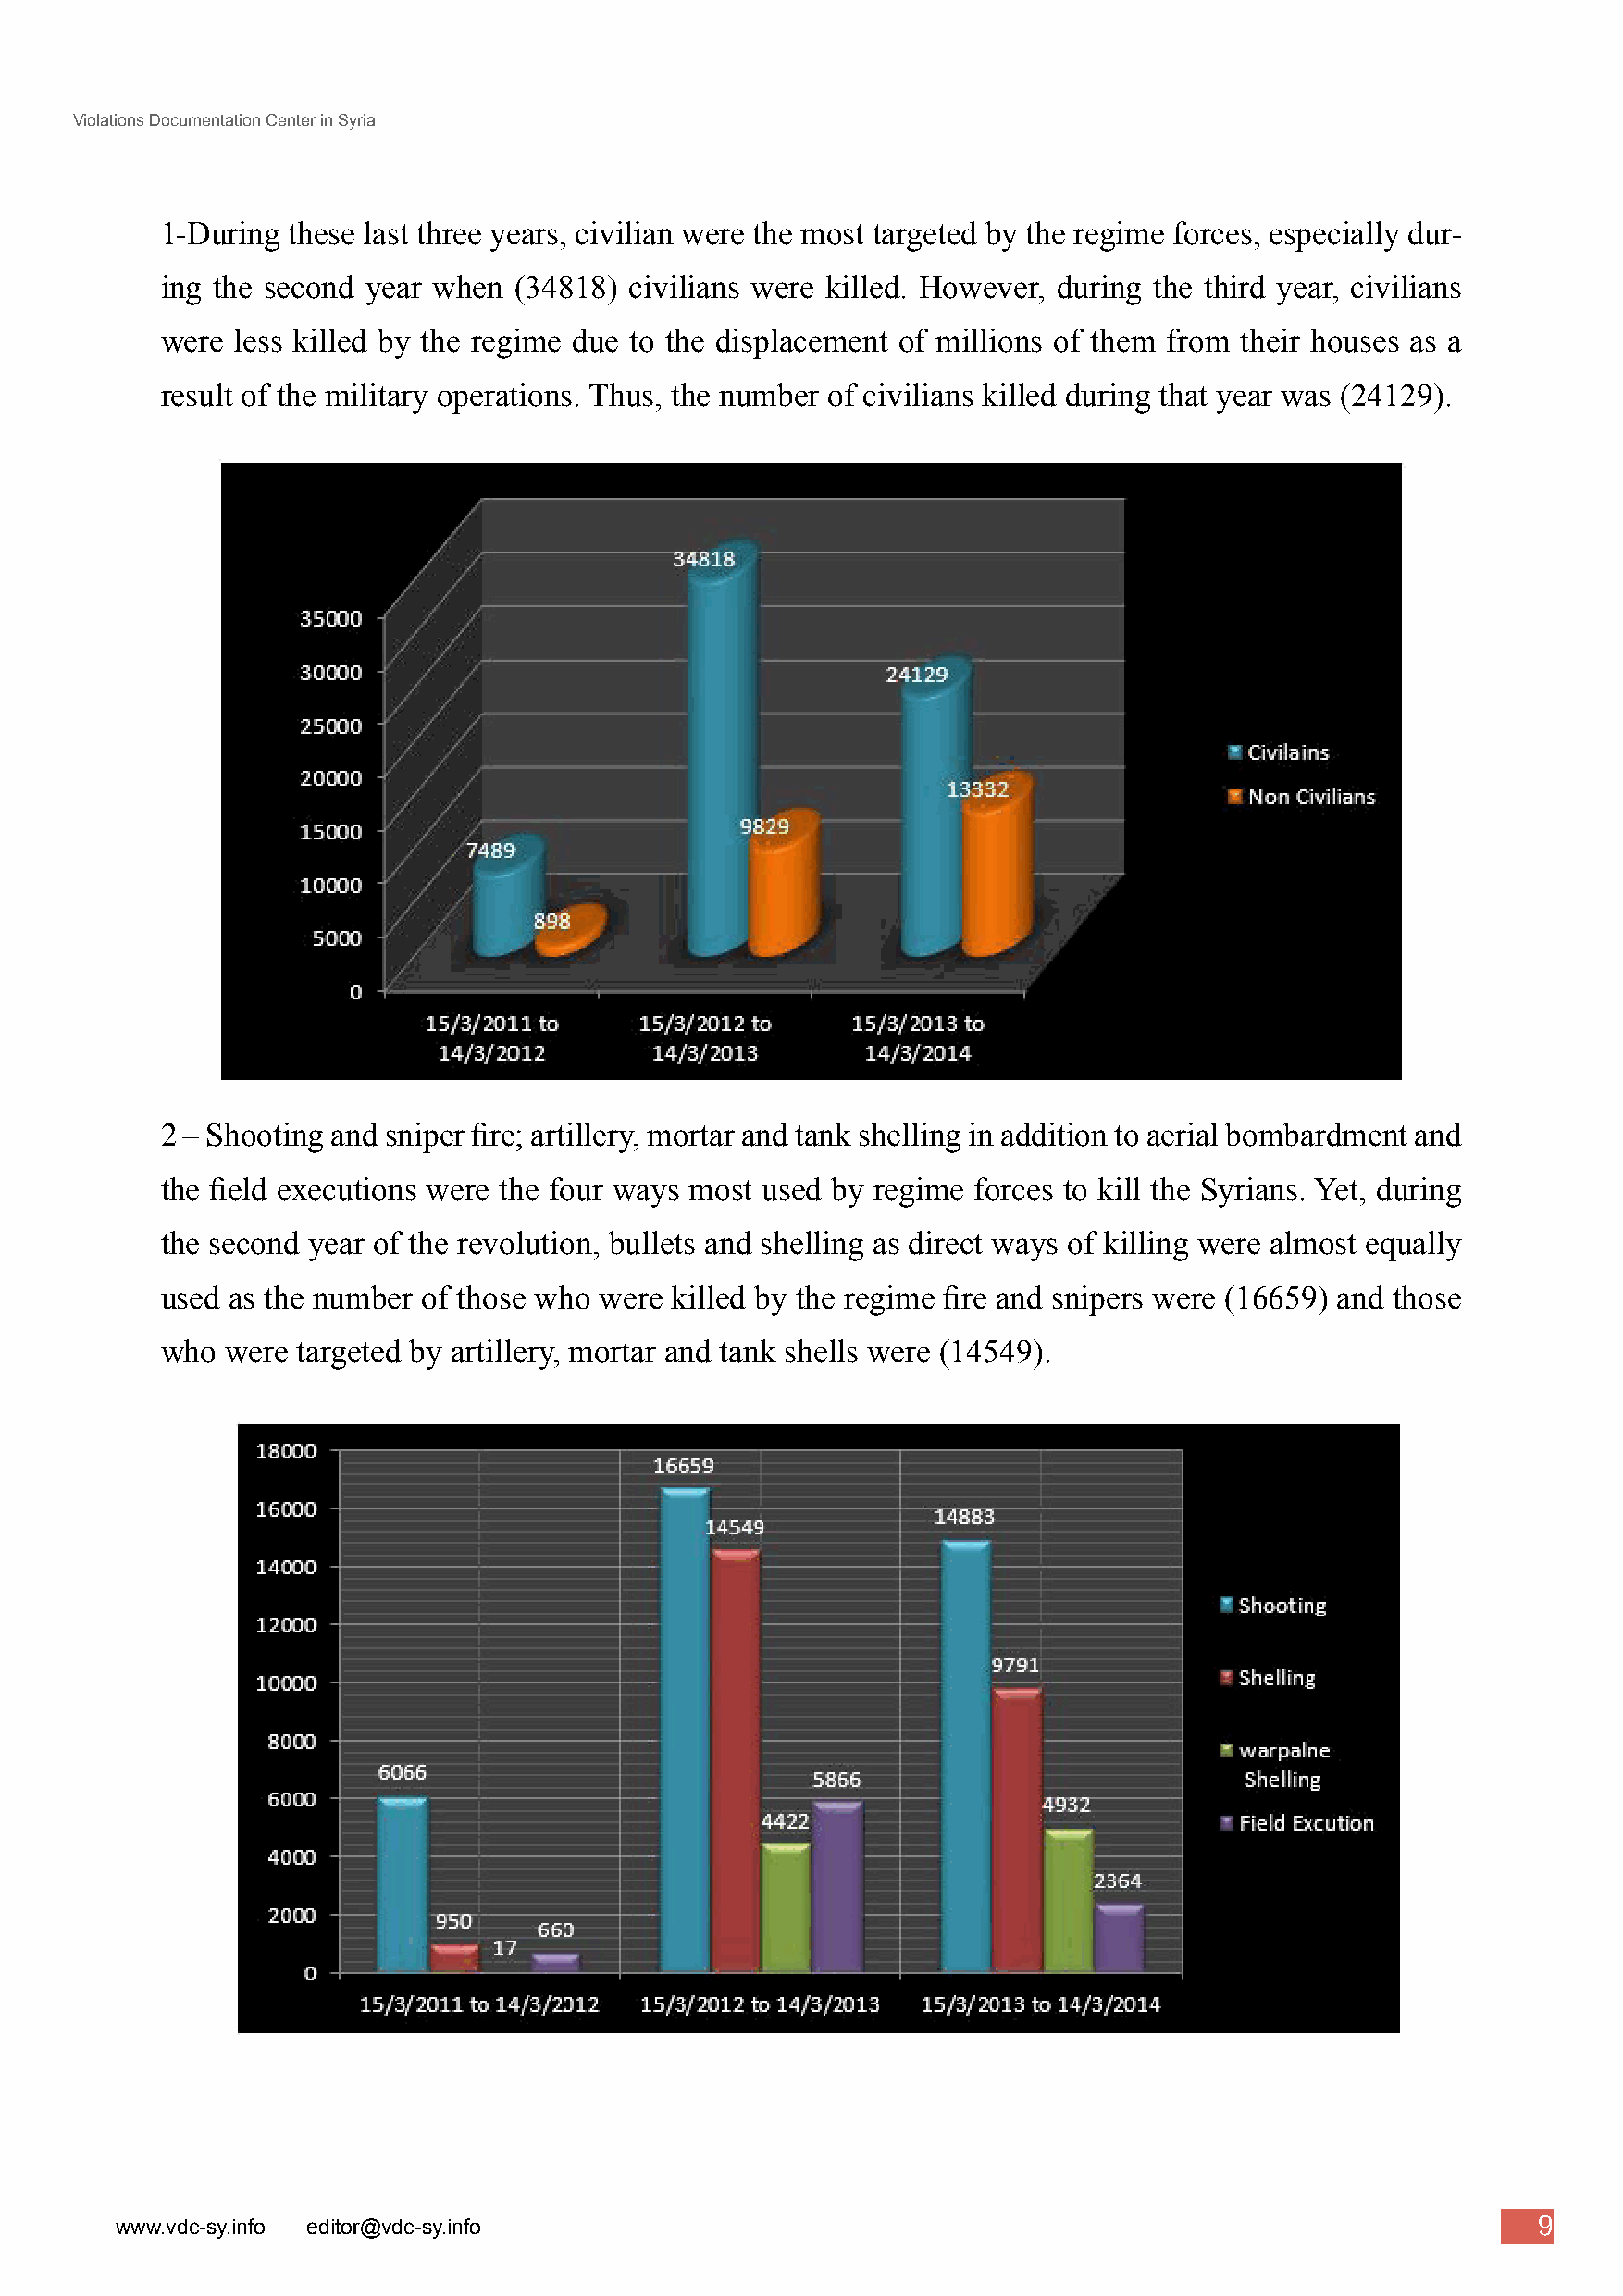
Violations Documentation Center in Syria
 1-During  these last three years, civilian were the most targeted by the regime forces, especially dur-
 ing the second year when  (34818) civilians were killed. However, during the third year, civilians
 were  less killed by the regime due to the displacement of millions of them from their houses as a
 result of the military operations. Thus, the number of civilians killed during that year was (24129).
 2 – Shooting and sniper fire; artillery, mortar and tank shelling in addition to aerial bombardment and
 the field executions were the four ways most used by regime forces to kill the Syrians. Yet, during
 the second year of the revolution, bullets and shelling as direct ways of killing were almost equally
 used as the number of those who were killed by the regime fire and snipers were (16659) and those
 who  were targeted by artillery, mortar and tank shells were (14549).
 9
 www.vdc-sy.info editor@vdc-sy.info